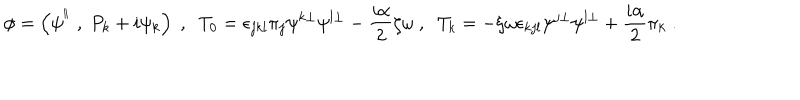
{ \phi } = \left( \psi ^ { { } ^ { \parallel } } \; , \; P _ { k } + i \psi _ { k } \right) \; , \; \; T _ { 0 } = \epsilon _ { j k l } \pi _ { j } \psi ^ { k \perp } \psi ^ { l \perp } - \frac { i \alpha } { 2 } \zeta \omega \; , \; \; T _ { k } = - \zeta \omega \epsilon _ { k j l } \psi ^ { j \perp } \psi ^ { l \perp } + \frac { i \alpha } { 2 } \pi _ { k } \; .